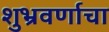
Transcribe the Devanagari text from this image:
शुभ्रवर्णाचा